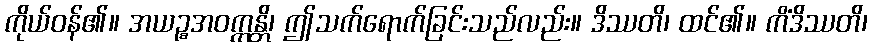
ကိုယ်ဝန်၏။ အယဉ္စအဝက္ကန္တိ၊ ဤသက်ရောက်ခြင်းသည်လည်း။ ဒိဿတိ၊ ထင်၏။ ကိံဒိဿတိ၊